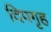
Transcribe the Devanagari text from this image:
दिपगृह